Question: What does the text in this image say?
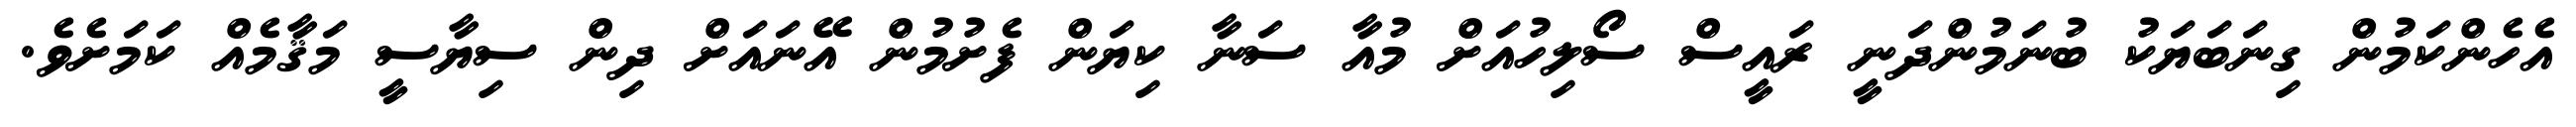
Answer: އެހެންކަމުން ގިނަބަޔަކު ބުނަމުންދަނީ ރައީސް ސޯލިހުއަށް މުއާ ސަނާ ކިޔަން ފެށުމުން އޭނައަށް ދިން ސިޔާސީ މަޤާމެއް ކަމަށެވެ.